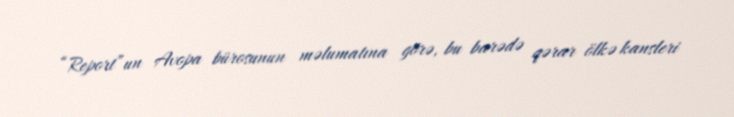
“Report”un Avopa bürosunun məlumatına görə, bu barədə qərar ölkə kansleri